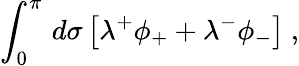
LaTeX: \int_{0}^{\pi}\, d\sigma\left[\lambda^{+}\phi_{+}+\lambda^{-}\phi_{-}\right]\ ,